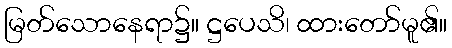
မြတ်သောနေရာ၌။ ဋ္ဌပေသိ၊ ထားတော်မူ၏။